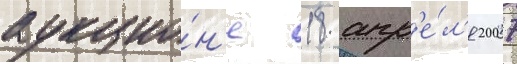
аукцио́н'е 18 апр'е́л'я 2007